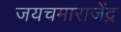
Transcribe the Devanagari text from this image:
जयचमाराजेंद्र